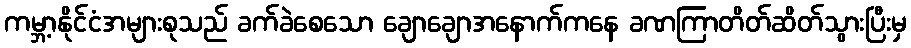
ကမ္ဘာ့နိုင်ငံအများစုသည် ခက်ခဲစေသော ချောချောအနောက်ကနေ ခဏကြာတိတ်ဆိတ်သွားပြီးမှ